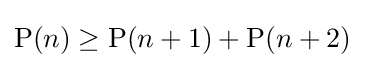
\operatorname {P} (n)\geq \operatorname {P} (n+1)+\operatorname {P} (n+2)